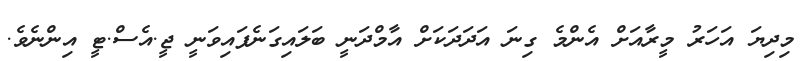
މިދިޔަ އަހަރު މީރާއަށް އެންމެ ގިނަ އަދަދަކަށް އާމްދަނީ ބަލައިގަނެފައިވަނީ ޖީ.އެސް.ޓީ އިންނެވެ.